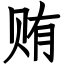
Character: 贿